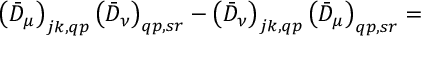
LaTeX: \left( \bar { D } _ { \mu } \right) _ { j k , q p } \left( \bar { D } _ { \nu } \right) _ { q p , s r } - \left( \bar { D } _ { \nu } \right) _ { j k , q p } \left( \bar { D } _ { \mu } \right) _ { q p , s r } =